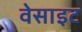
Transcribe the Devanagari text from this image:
वेसाइट